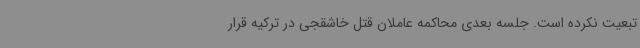
تبعیت نکرده است. جلسه بعدی محاکمه عاملان قتل خاشقجی در ترکیه قرار